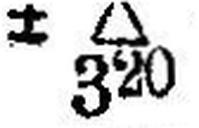
± ∆ 320